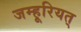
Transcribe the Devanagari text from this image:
जम्हूरियत्